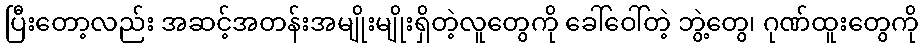
ပြီးတော့လည်း အဆင့်အတန်းအမျိုးမျိုးရှိတဲ့လူတွေကို ခေါ်ဝေါ်တဲ့ ဘွဲ့တွေ၊ ဂုဏ်ထူးတွေကို